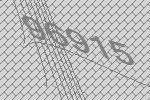
96915